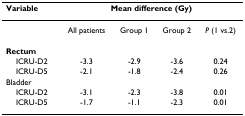
<table><thead><tr><td><b>Variable</b></td><td colspan="4"><b>Mean difference (Gy)</b></td></tr></thead><tbody><tr><td></td><td>All patients</td><td>Group 1</td><td>Group 2</td><td><i>P </i>(1 vs.2)</td></tr><tr><td><b>Rectum</b></td><td></td><td></td><td></td><td></td></tr><tr><td> ICRU-D2</td><td>-3.3</td><td>-2.9</td><td>-3.6</td><td>0.24</td></tr><tr><td> ICRU-D5</td><td>-2.1</td><td>-1.8</td><td>-2.4</td><td>0.26</td></tr><tr><td>Bladder</td><td></td><td></td><td></td><td></td></tr><tr><td> ICRU-D2</td><td>-3.1</td><td>-2.3</td><td>-3.8</td><td>0.01</td></tr><tr><td> ICRU-D5</td><td>-1.7</td><td>-1.1</td><td>-2.3</td><td>0.01</td></tr></tbody></table>